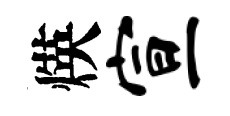
煐宣